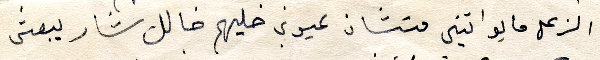
الزعل ما يواتيني منشان عيوني خليهم خالك شار يبعتني